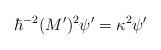
LaTeX: \begin{align*}\hbar^{-2}(M')^2\psi'=\kappa^2\psi'\end{align*}